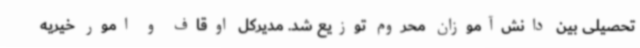
تحصیلی بین دانش‌آموزان محروم توزیع شد. مدیرکل اوقاف و امور خیریه